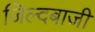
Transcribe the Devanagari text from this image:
जिल्दबाजी